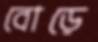
বোড়ে